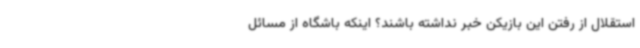
استقلال از رفتن این بازیکن خبر نداشته باشند؟ اینکه باشگاه از مسائل